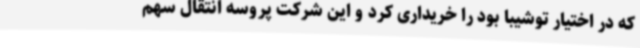
که در اختیار توشیبا بود را خریداری کرد و این شرکت پروسه انتقال سهم